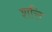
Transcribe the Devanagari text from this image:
शत्ति